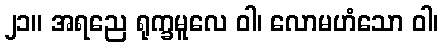
၂၁။ အရညေ ရုက္ခမူလေ ဝါ၊ လောမဟံသော ဝါ၊